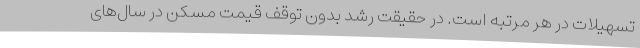
تسهیلات در هر مرتبه است. در حقیقت رشد بدون توقف قیمت مسکن در سال‌های